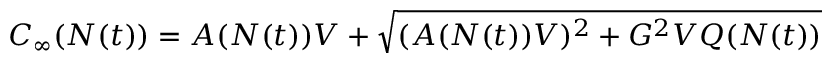
\begin{array} { r } { C _ { \infty } ( N ( t ) ) = A ( N ( t ) ) V + \sqrt { ( A ( N ( t ) ) V ) ^ { 2 } + G ^ { 2 } V Q ( N ( t ) ) } } \end{array}